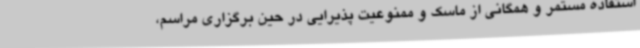
استفاده مستمر و همگانی از ماسک و ممنوعیت پذیرایی در حین برگزاری مراسم،